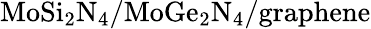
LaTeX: \mathrm{MoSi_{2}N_{4}/MoGe_{2}N_{4}/graphene}